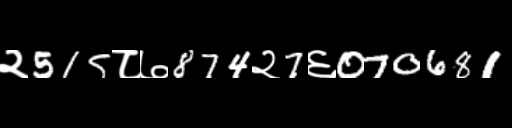
Text: २515८७874२7६070681